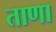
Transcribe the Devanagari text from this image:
ताणा